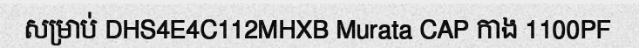
សម្រាប់ DHS4E4C112MHXB Murata CAP កាង 1100PF